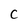
Character: C